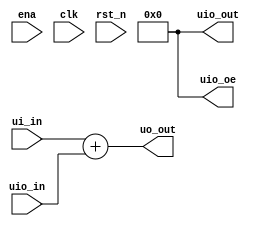
// This program was cloned from: https://github.com/KosugiSubaru/tt07-td4cpu
// License: Apache License 2.0

/*
 * Copyright (c) 2024 Your Name
 * SPDX-License-Identifier: Apache-2.0
 */

`default_nettype none

module tt_um_example (
    input  wire [7:0] ui_in,    // Dedicated inputs
    output wire [7:0] uo_out,   // Dedicated outputs
    input  wire [7:0] uio_in,   // IOs: Input path
    output wire [7:0] uio_out,  // IOs: Output path
    output wire [7:0] uio_oe,   // IOs: Enable path (active high: 0=input, 1=output)
    input  wire       ena,      // always 1 when the design is powered, so you can ignore it
    input  wire       clk,      // clock
    input  wire       rst_n     // reset_n - low to reset
);

  // All output pins must be assigned. If not used, assign to 0.
  assign uo_out  = ui_in + uio_in;  // Example: ou_out is the sum of ui_in and uio_in
  assign uio_out = 0;
  assign uio_oe  = 0;

endmodule